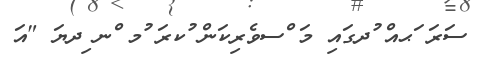
ސަރަ ަޙއް ުދގައި މަ ްސވެރިކަން ުކރަ ުމ ްނ ިދޔަ "އަ